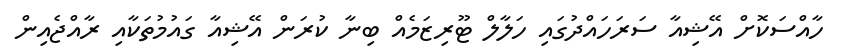
ހާއްސަކޮށް އޭޝިއާ ސަރަހައްދުގައި ހަލާލް ޓޫރިޒަމެއް ބިނާ ކުރަން އޭޝިއާ ގައުމުތަކާއި ރާއްޖެއިން